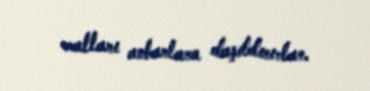
malları anbarlara daşıtdırırlar.